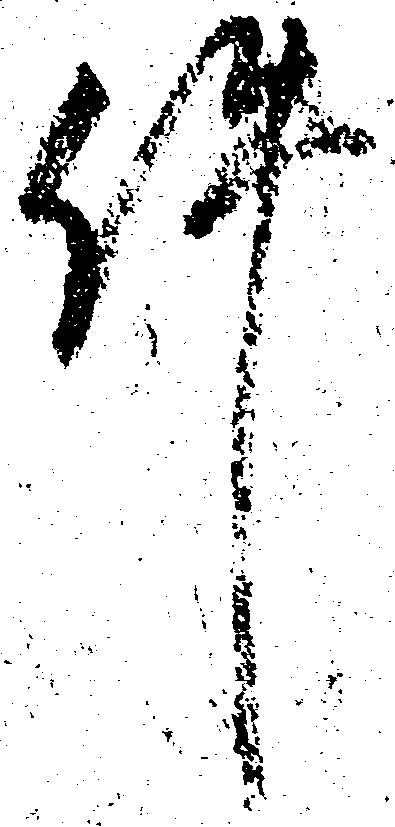
件